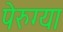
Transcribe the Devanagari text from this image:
पेरुग्या